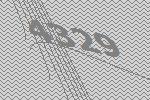
4329